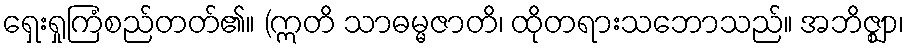
ရှေးရှုကြံစည်တတ်၏။ (ဣတိ သာဓမ္မဇာတိ၊ ထိုတရားသဘောသည်။ အဘိဇ္ဈာ၊